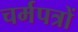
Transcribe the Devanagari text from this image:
चर्मपत्रों